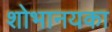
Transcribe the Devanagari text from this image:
शोभानयका